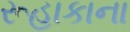
રૂહાકાના